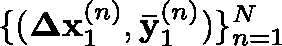
\{ ( { \mathbf { \Delta x } _ { 1 } ^ { ( n ) } , \mathbf { \bar { y } } _ { 1 } ^ { ( n ) } } ) \} _ { n = 1 } ^ { N }